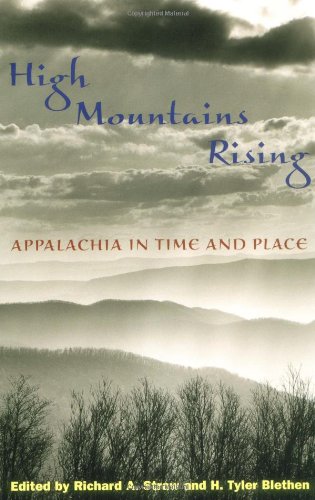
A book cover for High Mountains Rising: APPALACHIA IN TIME AND PLACE; Richard A. Straw; Politics & Social Sciences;